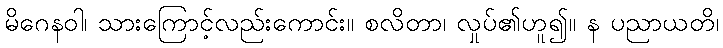
မိဂေနဝါ၊ သားကြောင့်လည်းကောင်း။ စလိတာ၊ လှုပ်၏ဟူ၍။ န ပညာယတိ၊